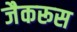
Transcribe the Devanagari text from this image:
जैकरूस